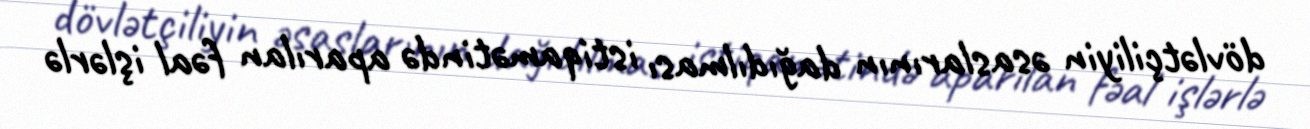
dövlətçiliyin əsaslarının dağıdılması istiqamətində aparılan fəal işlərlə